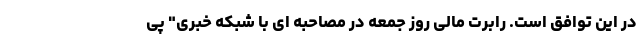
در این توافق است. رابرت مالی روز جمعه در مصاحبه ای با شبکه خبری" پی